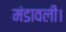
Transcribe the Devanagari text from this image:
मंडावली।